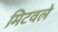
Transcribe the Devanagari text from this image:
मिटवले